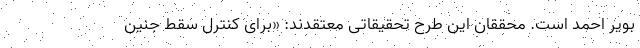
بویر احمد است. محققان این طرح تحقیقاتی معتقدند: «برای کنترل سقط جنین